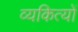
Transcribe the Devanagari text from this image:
व्यकित्यों